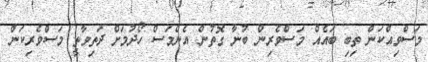
މަސްވިއްކަން ތިބި ބައެއް މަސްވެރިން ބުނާ ގޮތުން އެންމަސް ހޯދުމަށް ދަތިވާތީ މަސްވެރިކަން